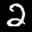
Label: 2